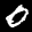
Label: 0